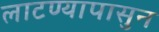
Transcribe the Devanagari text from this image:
लाटण्यापासुन